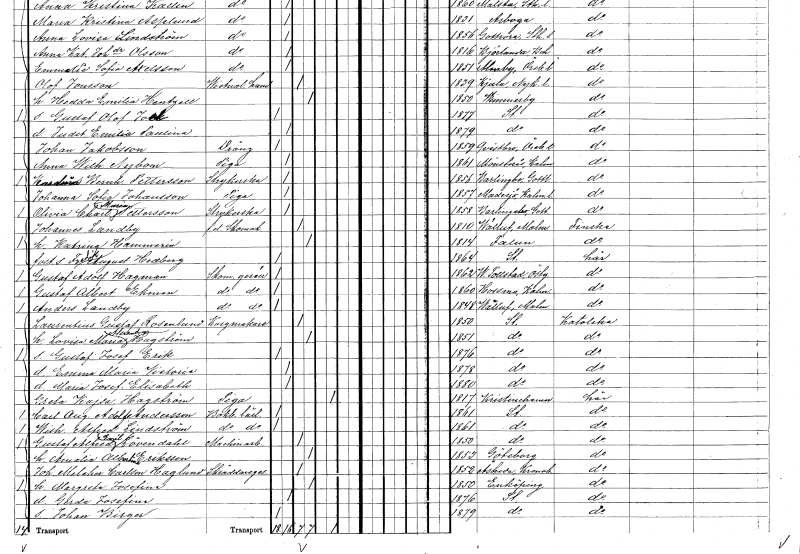
gt_parse: households: individuals: FN: Johanna Sofia
EN: Johansson
YRKE: Piga
KON: K
CIV: O
FODAR: 1857
FODFORS: Madesjö Kalmar län
FN: Olivia Charlotta Maria
EN: Pettersson
YRKE: Strykerska
KON: K
CIV: O
FODAR: 1858
FODFORS: Barlingbo Gotlands län
FN: Johannes
EN: Landby
YRKE: Skomakare f.d.
KON: M
CIV: G
FODAR: 1810
FODFORS: Välluv Malmöhus län
FN: Katrina
EN: Hammerin
KON: K
CIV: G
FODAR: 1814
FODFORS: Falun Kopparbergs län
FN: Fredrik August
EN: Hedberg
KON: M
CIV: O
FODAR: 1864
FODFORS: Stockholm
FN: Gustaf Adolf
EN: Hagman
YRKE: Skomakaregesäll
KON: M
CIV: O
FODAR: 1862
FODFORS: Västra Tollstad Östergötlands län
FN: Gustaf Albert
EN: Ekman
YRKE: Skomakaregesäll
KON: M
CIV: O
FODAR: 1860
FODFORS: Hossmo Kalmar län
FN: Anders
EN: Landby
YRKE: Skomakaregesäll
KON: M
CIV: O
FODAR: 1848
FODFORS: Välluv Malmöhus län
FN: Laurentius Gustaf
EN: Rosenlund
YRKE: Korgmakare
KON: M
CIV: G
FODAR: 1850
FODFORS: Stockholm
FN: Lovisa Maria Alexandra
EN: Hagström
KON: K
CIV: G
FODAR: 1851
FODFORS: Stockholm
FN: Gustaf Josef Erik
KON: M
CIV: O
FODAR: 1876
FODFORS: Stockholm
FN: Emma Maria Victoria
KON: K
CIV: O
FODAR: 1878
FODFORS: Stockholm
FN: Maria Josefina Elisabeth
KON: K
CIV: O
FODAR: 1880
FODFORS: Stockholm
FN: Greta Kajsa
EN: Hagström
YRKE: Piga
KON: K
CIV: E
FODAR: 1817
FODFORS: Kristinehamn Värmlands län
FN: Carl August Adolf
EN: Andersson
YRKE: Bokbindarelärling
KON: M
CIV: O
FODAR: 1861
FODFORS: Stockholm
FN: Wilhelm Alfred
EN: Lindström
YRKE: Bokbindarelärling
KON: M
CIV: O
FODAR: 1861
FODFORS: Stockholm
FN: Gustaf Alfred Emil
EN: Lövendahl
YRKE: Maskinarbetare
KON: M
CIV: G
FODAR: 1850
FODFORS: Stockholm
FN: Amalia Albertina
EN: Eriksson
KON: K
CIV: G
FODAR: 1853
FODFORS: Göteborg Göteborgs- och Bohuslän
FN: Johan Melcher
EN: Carlson Haglund
YRKE: Skräddaregesäll
KON: M
CIV: G
FODAR: 1852
FODFORS: Åseda Kronobergs län
FN: Margreta Josefina
KON: K
CIV: G
FODAR: 1850
FODFORS: Enköping Uppsala län
FN: Gerda Josefina
KON: K
CIV: O
FODAR: 1876
FODFORS: Stockholm
FN: Johan Birger
KON: M
CIV: O
FODAR: 1879
FODFORS: Stockholm